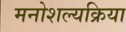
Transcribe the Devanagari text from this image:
मनोशल्यक्रिया